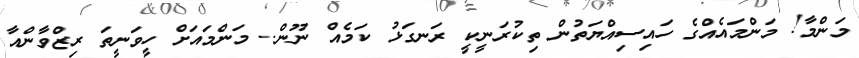
މަންމާ! މަންމައެއްގެ ހައިސިއްޔަތުން ތިކުރަނީކީ ރަނގަޅު ކަމެއް ނޫން.. މަންމައަށް ހީވަނީތަ ރިޒްވާންއާ